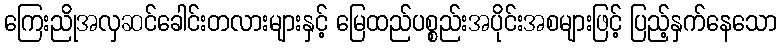
ကြေးညိုအလှဆင်ခေါင်းတလားများနှင့် မြေထည်ပစ္စည်းအပိုင်းအစများဖြင့် ပြည့်နှက်နေသော